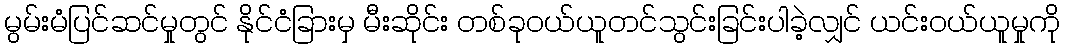
မွမ်းမံပြင်ဆင်မှုတွင် နိုင်ငံခြားမှ မီးဆိုင်း တစ်ခုဝယ်ယူတင်သွင်းခြင်းပါခဲ့လျှင် ယင်းဝယ်ယူမှုကို